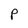
Character: P